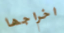
اخراجها